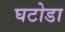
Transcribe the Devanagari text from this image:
घटोडा